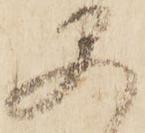
早